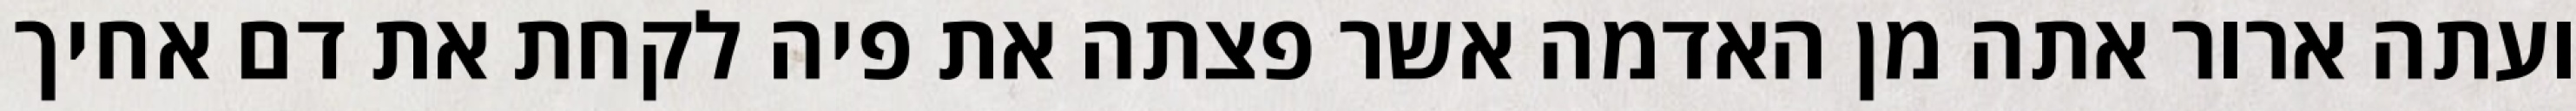
ועתה ארור אתה מן האדמה אשר פצתה את פיה לקחת את דם אחיך